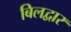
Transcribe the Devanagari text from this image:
बिलद्वार